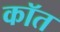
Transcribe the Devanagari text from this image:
कॉत